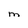
Character: m